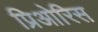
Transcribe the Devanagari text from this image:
प्रिओरिस